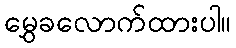
မွှေခလောက်ထားပါ။